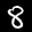
Label: 8